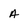
Character: A